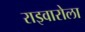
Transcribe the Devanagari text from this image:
राइवारोला